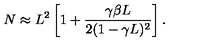
N \approx L ^ { 2 } \left[ 1 + \frac { \gamma \beta L } { 2 ( 1 - \gamma L ) ^ { 2 } } \right] .